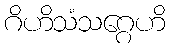
ဂိဟိသံသဂ္ဂေဟိ